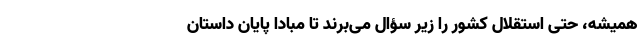
همیشه، حتی استقلال کشور را زیر سؤال می‌برند تا مبادا پایان داستان